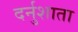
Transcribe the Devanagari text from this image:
दर्नुशाता